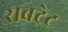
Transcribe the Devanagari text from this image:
सबट्रेट